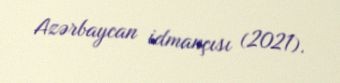
Azərbaycan idmançısı (2021).